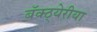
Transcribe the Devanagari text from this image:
बॅक्ठ्येरीया